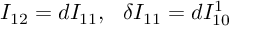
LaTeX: I _ { 1 2 } = d I _ { 1 1 } , \ \ \delta I _ { 1 1 } = d I _ { 1 0 } ^ { 1 }